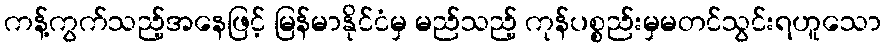
ကန့်ကွက်သည့်အနေဖြင့် မြန်မာနိုင်ငံမှ မည်သည့် ကုန်ပစ္စည်းမှမတင်သွင်းရဟူသော